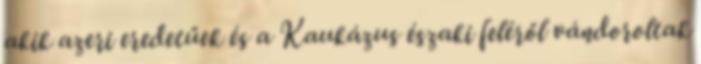
akik azeri eredetűek és a Kaukázus északi feléről vándoroltak